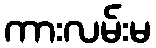
ကားလမ်းမ